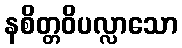
နစိတ္တဝိပလ္လာသော